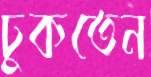
ঢুকতেন